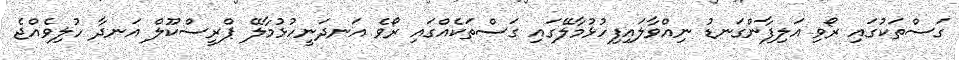
ގަސްތަކުގައި ރޯވި އަލިފާންގަނޑު ނިއްވާލައިފިހުޅުމާލޭގައި ގަސްތަކެއްގައި ރޯވެ އަނދަނީހުޅުމާލޭ ޕްރީސްކޫލް އަނދާ ހުލިވެއްޖެ